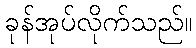
ခုန်အုပ်လိုက်သည်။